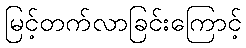
မြင့်တက်လာခြင်းကြောင့်